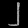
Digit: ၂